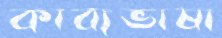
কাব্যভাষা